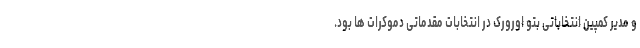
و مدیر کمپین انتخاباتی بتو اورورک در انتخابات مقدماتی دموکرات ها بود.